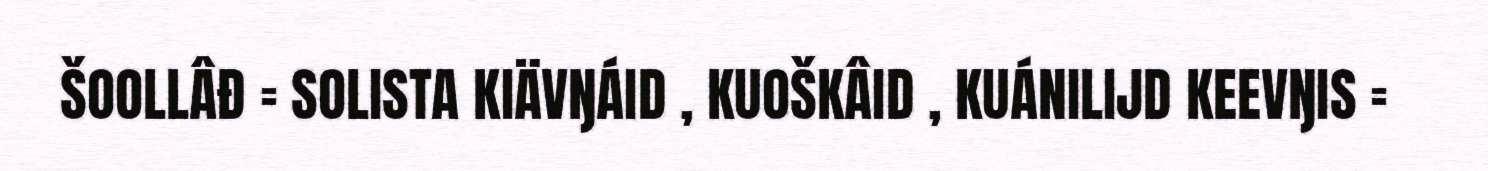
ŠOOLLÂĐ = SOLISTA KIÄVŊÁID , KUOŠKÂID , KUÁNILIJD KEEVŊIS =